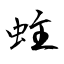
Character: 蛀